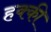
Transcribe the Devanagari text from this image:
हक्की